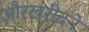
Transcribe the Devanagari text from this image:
औरखरीदने